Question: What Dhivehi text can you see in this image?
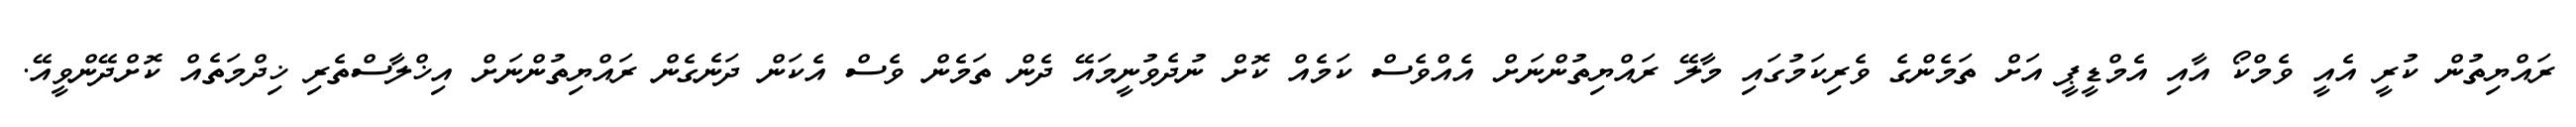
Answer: ރައްޔިތުން ކުރީ އެއީ ވެމްކޯ އާއި އެމްޑީޕީ އަށް ތަމެންގެ ވެރިކަމުގައި މާލޭ ރައްޔިތުންނަށް އެއްވެސް ކަމެއް ކޮށް ނުދެވުނީމައޭ ދެން ތަމެން ވެސް އެކަން ދަނެގެން ރައްޔިތުންނަށް އިޚްލާސްތެރި ޚިދްމަތެއް ކޮށްދޭންވީއޭ.